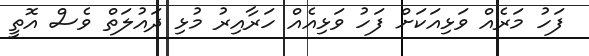
ފަހު މަރެއް ވަޅިއަކަށް ފަހު ވަޅިއެއް ހަރާއިރު މުޅި ދައުލަތް ވެސް އޮތީ